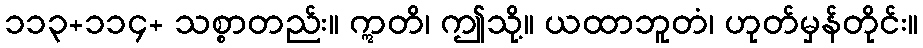
၁၁၃+၁၁၄+ သစ္စာတည်း။ ဣတိ၊ ဤသို့။ ယထာဘူတံ၊ ဟုတ်မှန်တိုင်း။